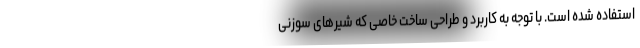
استفاده شده است. با توجه به کاربرد و طراحی ساخت خاصی که شیرهای سوزنی